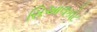
સિઆલકોટ